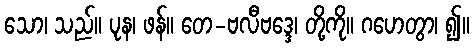
သော၊ သည်။ ပုန၊ ဖန်။ တေ-ဗလီဗဒ္ဒေ၊ တို့ကို။ ဂဟေတွာ၊ ၍။